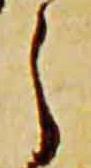
之